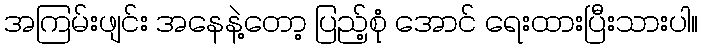
အကြမ်းဖျင်း အနေနဲ့တော့ ပြည့်စုံ အောင် ရေးထားပြီးသားပါ။